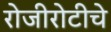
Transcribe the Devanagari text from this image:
रोजीरोटीचे